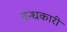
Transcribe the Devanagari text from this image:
बन्धकारी